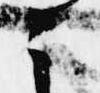
之